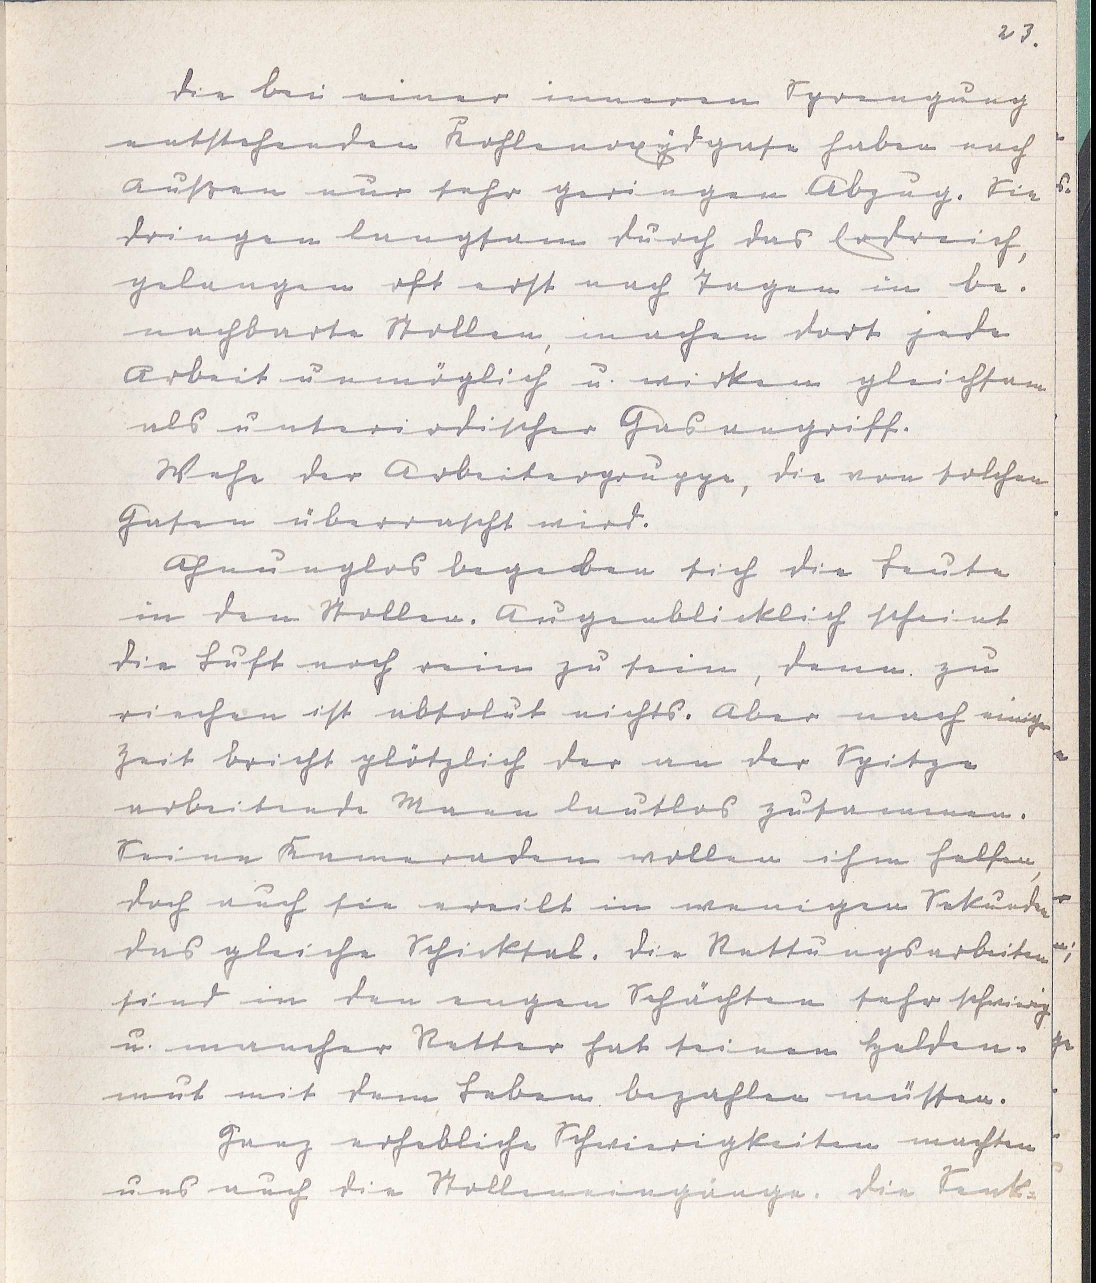
23.
Die bei einer inneren Sprengung
entstehenden Kohlenoxydgase haben nach
Außen nur sehr geringen Abzug. Sie
dringen langsam durch das Erdreich,
gelangen oft erst nach Tagen in be¬
nachbarte Stollen, machen dort jede
Arbeit unmöglich u. wirken gleichsam
als unterirdischer Gasangriff.
Wehe der Arbeitergruppe, die von solchen
Gasen überrascht wird.
Ahnungslos begeben sich die Leute
in den Stollen. Augenblicklich scheint
die Luft noch rein zu sein, denn zu
riechen ist absolut nichts. Aber nach einiger
Zeit bricht plötzlich der an der Spitze
arbeitende Mann lautlos zusammen.
Seine Kameraden wollen ihm helfen,
doch auch sie ereilt in wenigen Sekunden
das gleiche Schicksal. Die Rettungsarbeiten
sind in den engen Schächten sehr schwierig
u. mancher Retter hat seinen Helden¬
mut mit dem Leben bezahlen müssen.
Ganz erhebliche Schwierigkeiten machten
uns auch die Stolleneingänge. Die Senk¬